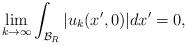
LaTeX: \begin{align*} \lim_{k \to \infty} \int_{\mathcal{B}_R}|u_k(x',0)| dx' = 0,\end{align*}